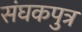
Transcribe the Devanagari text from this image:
संघकपुत्र